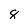
Character: 8